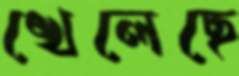
খেলেছে